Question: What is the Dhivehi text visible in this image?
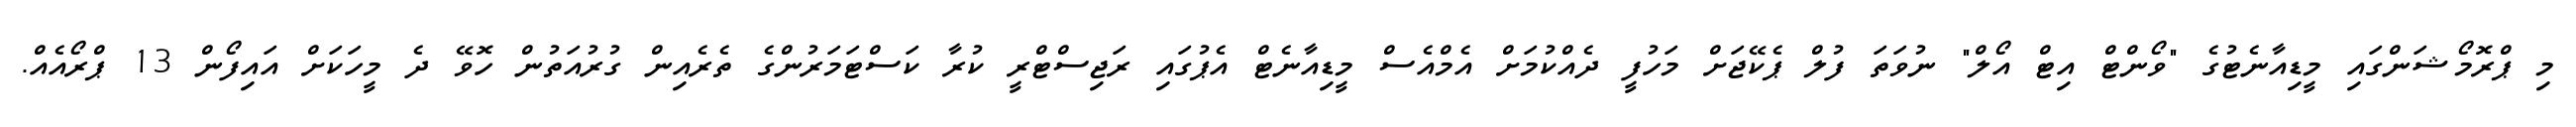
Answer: މި ޕްރޮމޯޝަންގައި މީޑިއާނެޓުގެ "ވޯންޓް އިޓް އޯލް" ނުވަތަ ފުލް ޕެކޭޖަށް މަހުފީ ދެއްކުމަށް އެމްއެސް މީޑިއާނެޓް އެޕުގައި ރަޖިސްޓްރީ ކުރާ ކަސްޓަމަރުންގެ ތެރެއިން ގުރުއަތުން ހޮވޭ ދެ މީހަކަށް އައިފޯން 13 ޕްރޯއެއް.